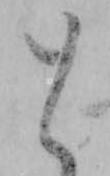
と